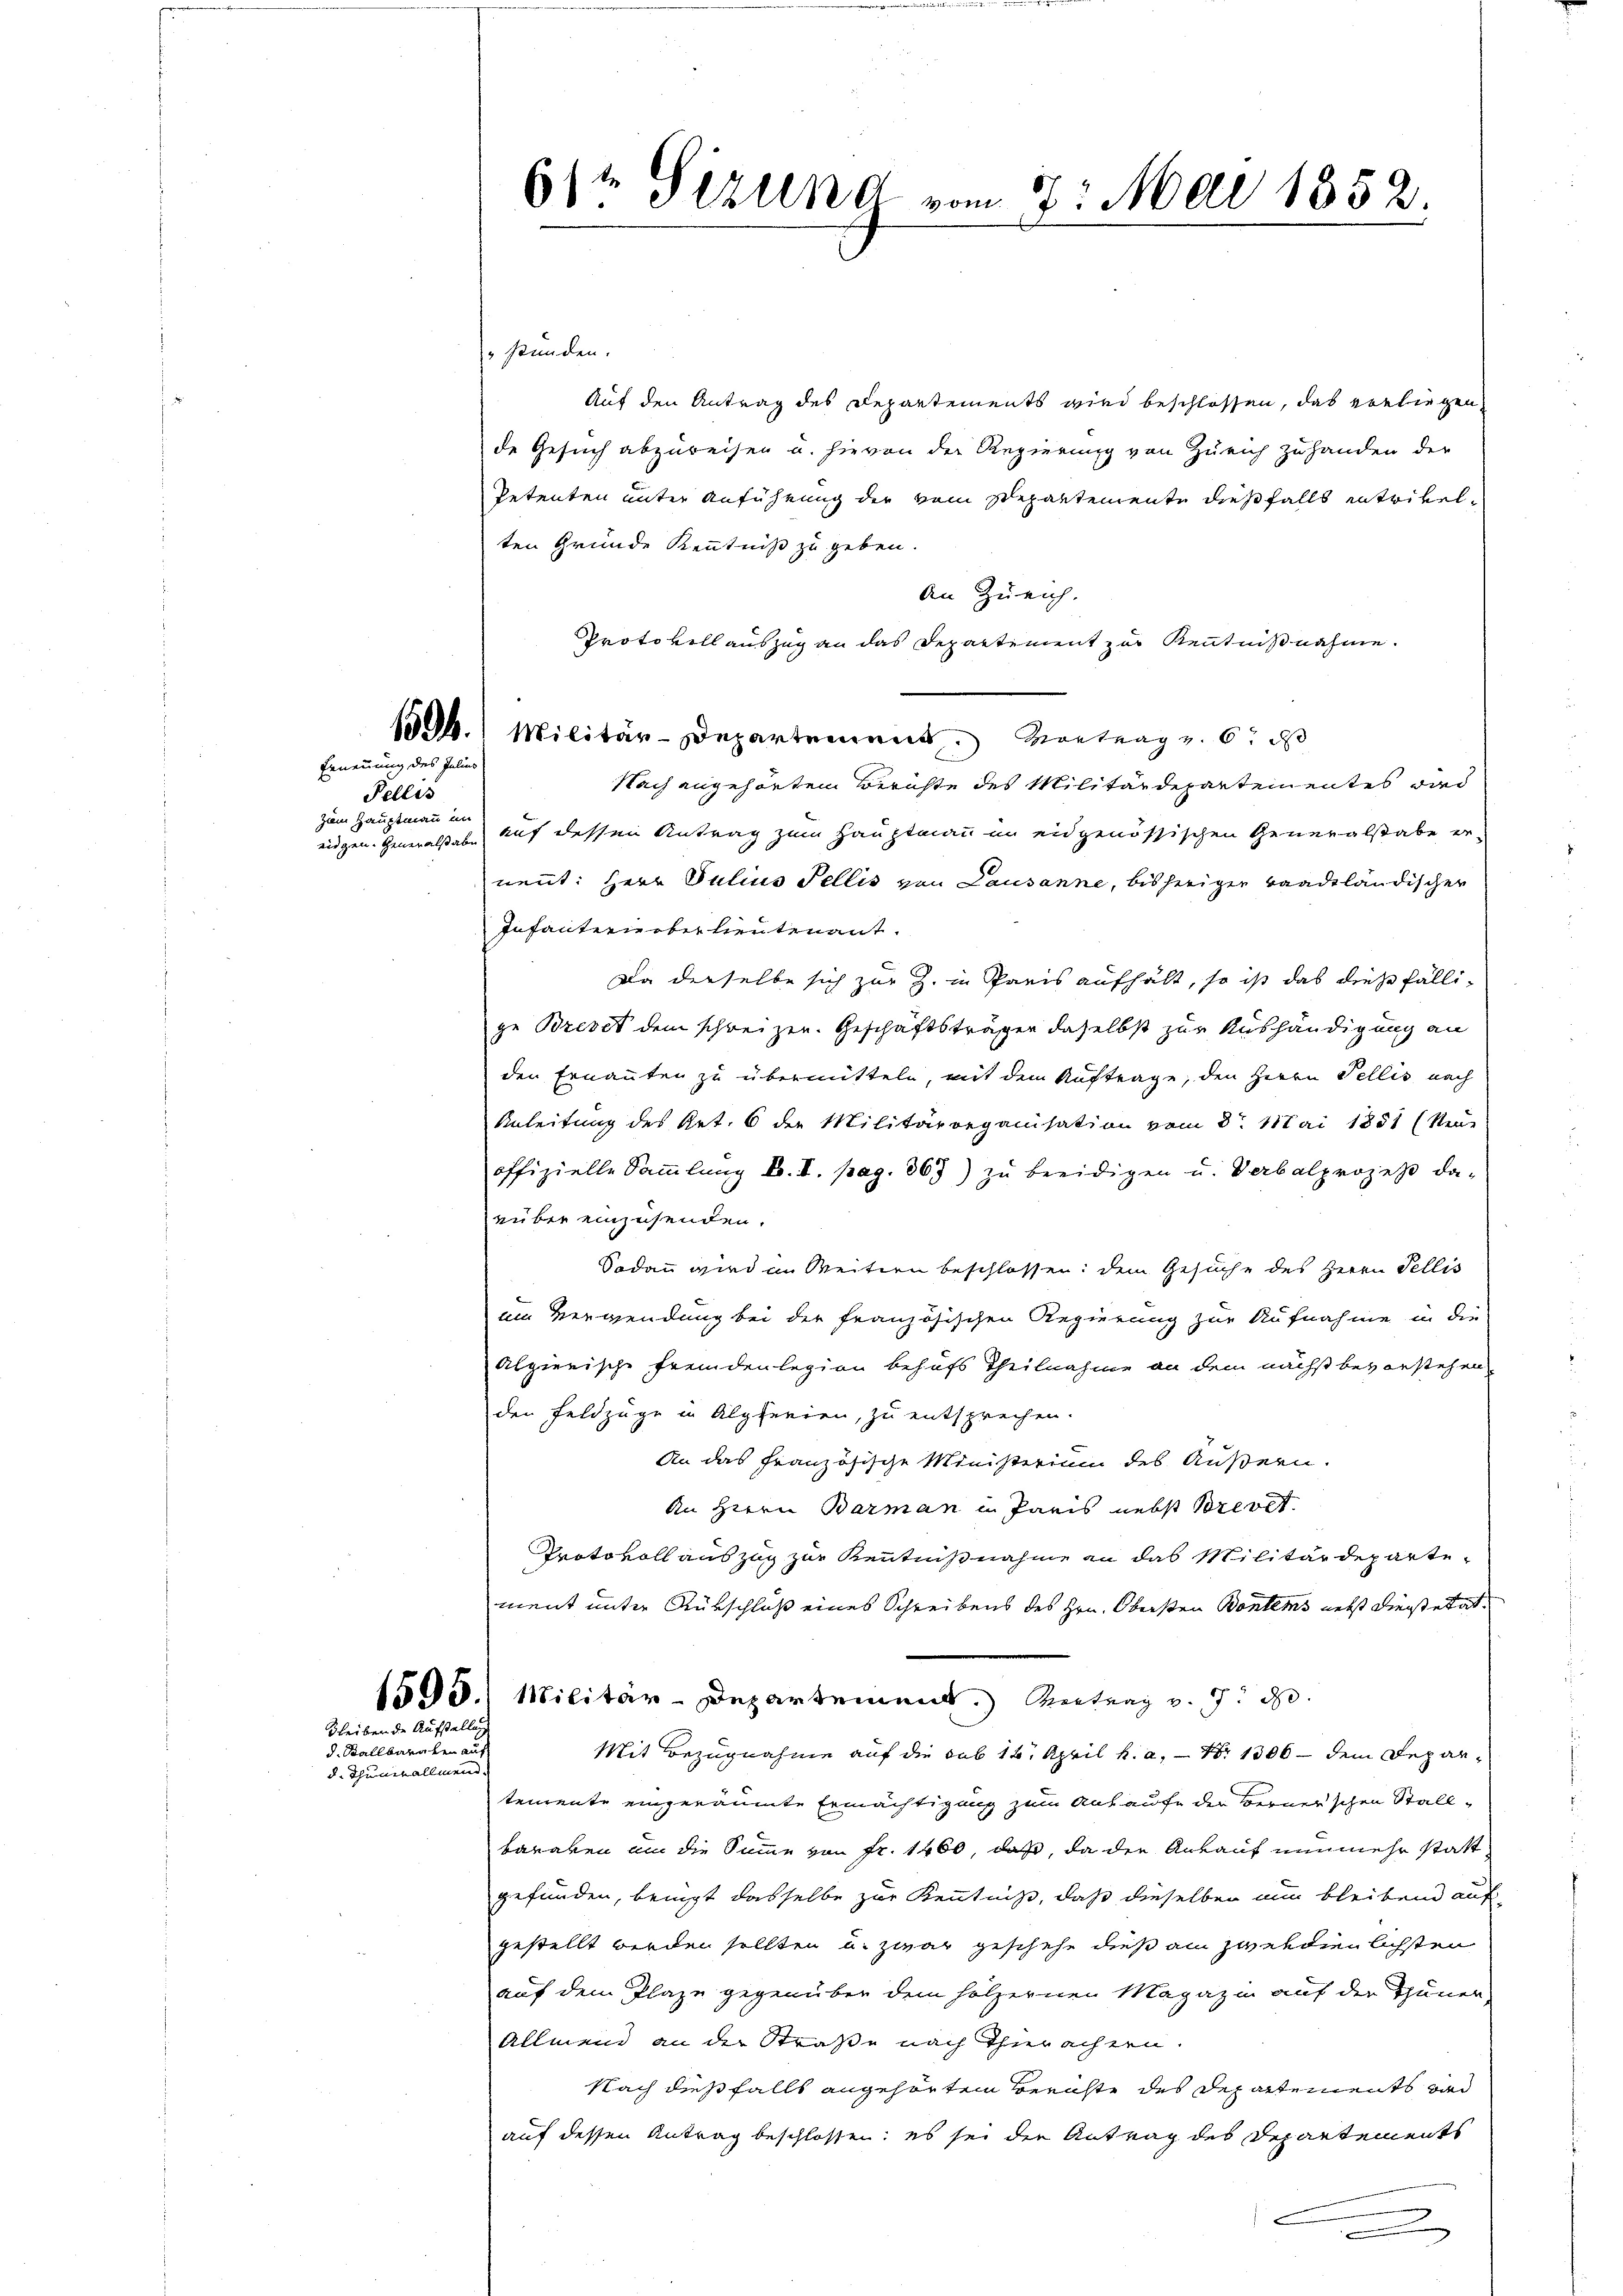
Ernennung des Julius
Fellis
zum Hauptmann un

Bleiben de Aufstellung
d. Stallbaralen auf

d. Thunerall meinde

614 Sizung vom 7. Mai 1852.

stunden.
Auf den Antrag des Departements wird beschlossen, das ebeliegen
de Gesuch abzureisen u. hievon der Regierung von Zürich zu handen der
Petenten unter Anführung der vom Separtemente dießfalls entrikelten Gründe Kenntniß zu geben.
An Zürich.
Protokollauszug an das Departement zur Kenntnißnahme.
12. Militär-Departement. Vortrag u. 6. ds
Nach angehörten Berichte des Militärdepartementes dad
eidgen. Generalstabe auf dessen Antrag zum Hauptmann im eidgenössischen Generalstabe er-
nennt: Herr Julius Fellis von Lausanne, bisheriger baadtländischer
Infantern ober heutenant.
Da derselbe sich zur Z. in Paris aufhält, so ist das diese fällige Brevet dem schweizen. Geschäftsträger daselbst zur Aushändigung an
der Ernannten zu übermitteln, mit dem Auftrage, den Herrn Pellis nach
Anleitung des Art. 6 der Militärorganisation vom 8. Mai 1851 (Neue
offizielle Sammlung b. I. pag. 863) zŭ beeidigen u. Verbalprozess da-
rüber einzusenden.
Sodann wird in Weitern beschlossen: dem Gesuche des Herrn Fellis
um Verwendung bei der französischen Regierung zur Aufnahme in die
Alpierische Fremdenlegion behufs Theilnahme an dem nächst bevorstehen
den Feldzüge in Alpferien, zu entsprechen.
An das französische Ministerium des Äußern.
An Herrn Barman in Paris nebst Selocht
Protokoll auszug zur Kenntnißnahme an das Militärdepartement unter Rükschluß eines Schreibens des Hrn. Obersten Bontems nebst Dienstetat
1595.) Militär-Departement.) Antrag v. 9. d.
Mit Bezugnahme auf die sub 14. April h. a. — Nr 1306 — dem Departemente eingeräumte Ermächtigung zum Ankaufe der Berner’schen Stall¬
Baraken um die Summe von fr. 1460, daß, da der Ankauf nunmehr stattgefunden, benügt dasselbe zur Kenntniß, daß dieselben nun bleibend auf
gestellt werden sollten u. zwar geschehe dies ain zwendienlichsten
auf dem Plaze gegenüber dem hölzernen Magazin auf der Thuner,
Allmend an der Straße nach Thierachern.
Nach dießfalls angehörten Berichte des Departements vnd
auf dessen Antrag beschlossen: es sei die Antrag des Departements
e